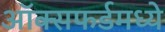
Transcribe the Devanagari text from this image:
ऑक्सफर्डमध्ये